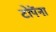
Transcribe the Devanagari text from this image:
टोपेंना